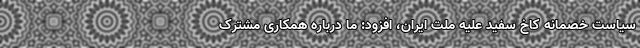
سیاست خصمانه کاخ سفید علیه ملت ایران، افزود: ما درباره همکاری مشترک